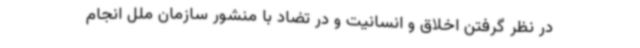
در نظر گرفتن اخلاق و انسانیت و در تضاد با منشور سازمان ملل انجام